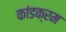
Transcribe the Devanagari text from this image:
कांडक्रम